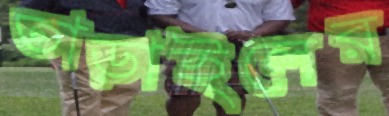
তাড়াইলের